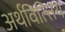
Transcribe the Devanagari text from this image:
अर्थवित्त्तिय